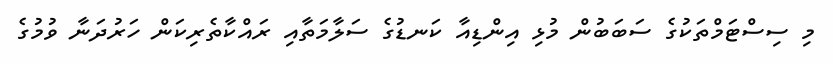
މި ސިސްޓަމްތަކުގެ ސަބަބުން މުޅި އިންޑިއާ ކަނޑުގެ ސަލާމަތާއި ރައްކާތެރިކަން ހަރުދަނާ ވުމުގެ